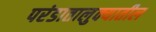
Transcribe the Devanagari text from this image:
परंडातालुक्यातील